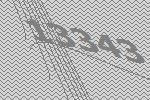
13343